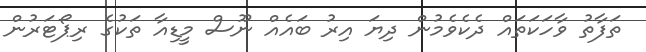
ތަފާތު ވާހަކަތައް ދެކެވެމުން ދިޔަ އިރު ބައެއް ނޫސް މީޑިއާ ތަކުގެ ރިޕޯޓަރުން